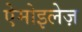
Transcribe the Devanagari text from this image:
ऐमोइलेज़